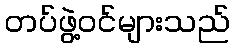
တပ်ဖွဲ့ဝင်များသည်